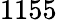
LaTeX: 1155